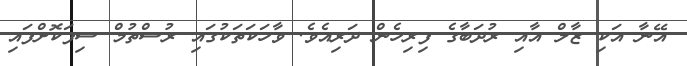
އޭނާ އަކި ޒާލް އާއި ރުދަބާގެ ފިރިހެން ދަރިއެވެ. ވާހަކަތަކުގައި ރުސްތުމް ސިފަކޮށްފައި